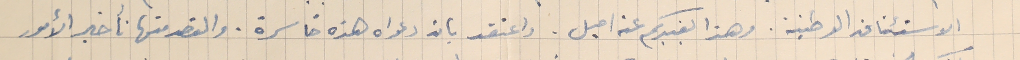
الاستئناف الوطنية. وهذا يفيدكم عن اميل. واعتقد بان دعواه هذه خاسرة. والقصد منها تأخير الأمور